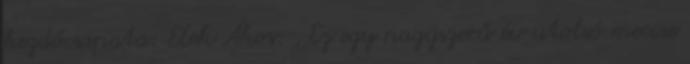
kezdőcsapata: Elek Ákos: ,,Ez egy nagyszerű év utolsó meccse